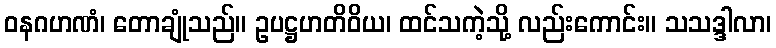
ဝနဂဟဏံ၊ တောချုံသည်။ ဥပဋ္ဌဟတိဝိယ၊ ထင်သကဲ့သို့ လည်းကောင်း။ သသဒ္ဒါလာ၊